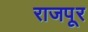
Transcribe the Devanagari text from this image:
राजपूर